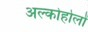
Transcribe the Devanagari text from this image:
अल्कोहोलों